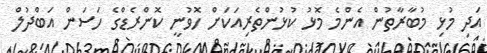
އަދި މުޅި މުބާރާތުން އެންމެ މޮޅު ކުޅުންތެރިއަކަށް ހޮވުނީ ކޮންރެޑްގެ ހަސަން އަބްދުލް